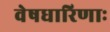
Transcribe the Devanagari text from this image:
वेषधारिणाः